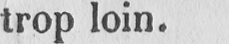
trop loin.